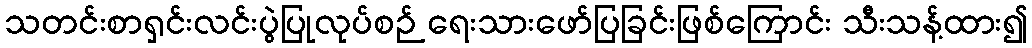
သတင်းစာရှင်းလင်းပွဲပြုလုပ်စဉ် ရေးသားဖော်ပြခြင်းဖြစ်ကြောင်း သီးသန့်ထား၍